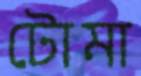
টোমা